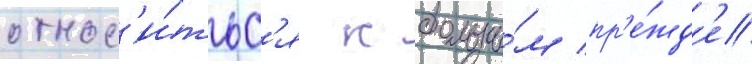
относ'и́тьс'я к больны́м пр'е́жд'е